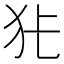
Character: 𭷺